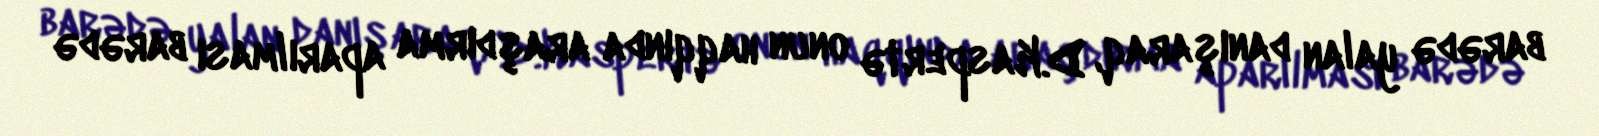
barədə yalan danışaraq, D.Kaspertə onun haqqında araşdırma aparılması barədə